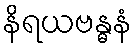
နိရယဗန္ဓနံ